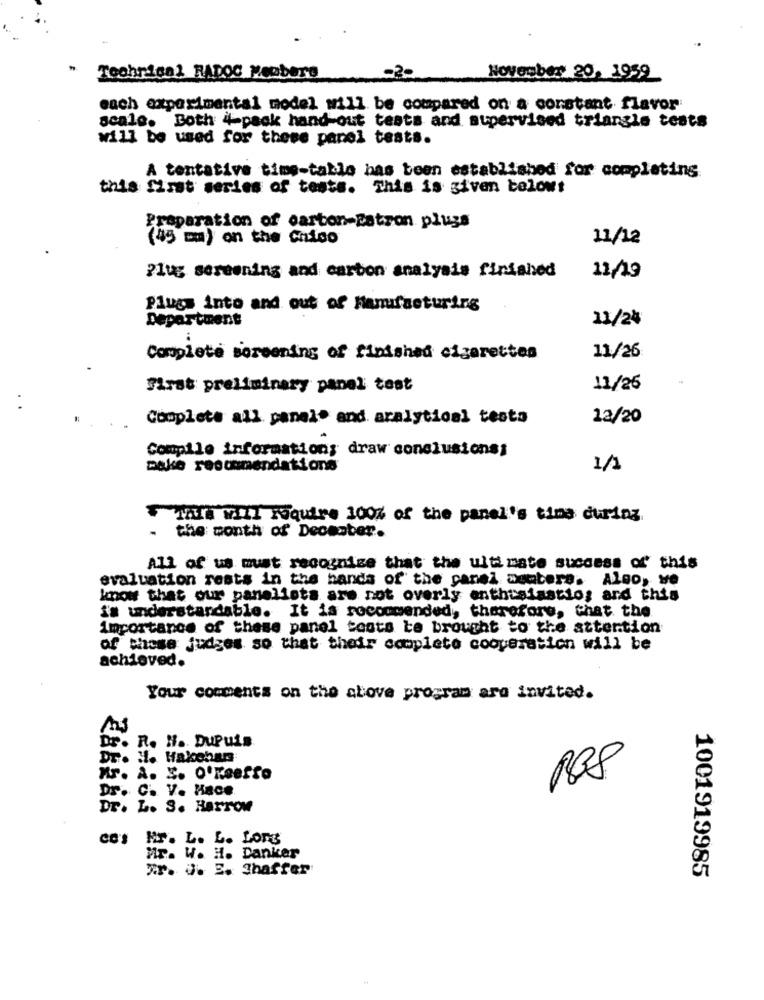
" Technical RADOC Meobers
November 20, 1959
each experimental model will be compared on a constant flavor
scale. Both 4-pack hand-out tests and supervised triangle tests
will be used for these panel tests.
A tentative time-table has been established for completing
this first series of tests. This is given belowt
Preparation of carton-Batron plugs
(15 mm) on the Chico
11/12
Plug screening and carbon analysis finished
11/19
Plugs into and out of Manufacturing
Department
11/24
Complete screening of finished cigarettes
11/26
first preliminary panel test
11/26
Complete all panel* and aralytical testa
12/20
Compile information; draw conclusions;
make recommendations
1/1
Tala will require 100% of the panel's time during
- the month of December.
All of us must recognize that the ultimate success of this
evaluation rests in the hands of the panel wouters. Also, we
know that our panelists are not overly enthusiastio; and this
is understandable. It is recommended, therefore, that the.
importance of these panel toats te brought to the attention
of these judges so that their complete cooperation will be
achieved.
Your comments on the above program are invited.
Dr. R. H. Dupuis
DT. H. Hakchan
Mr. A. E. O'keeffe
Dr. C. V. Hace
Dr. L. S. Harrow
ce's Mr. L. L. Long
Mr. W. H. Danker
Tr. J. E. Shaffer
1001919985